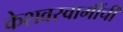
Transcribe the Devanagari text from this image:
केशवस्वामींची